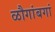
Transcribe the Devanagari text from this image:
ळौगांबगां